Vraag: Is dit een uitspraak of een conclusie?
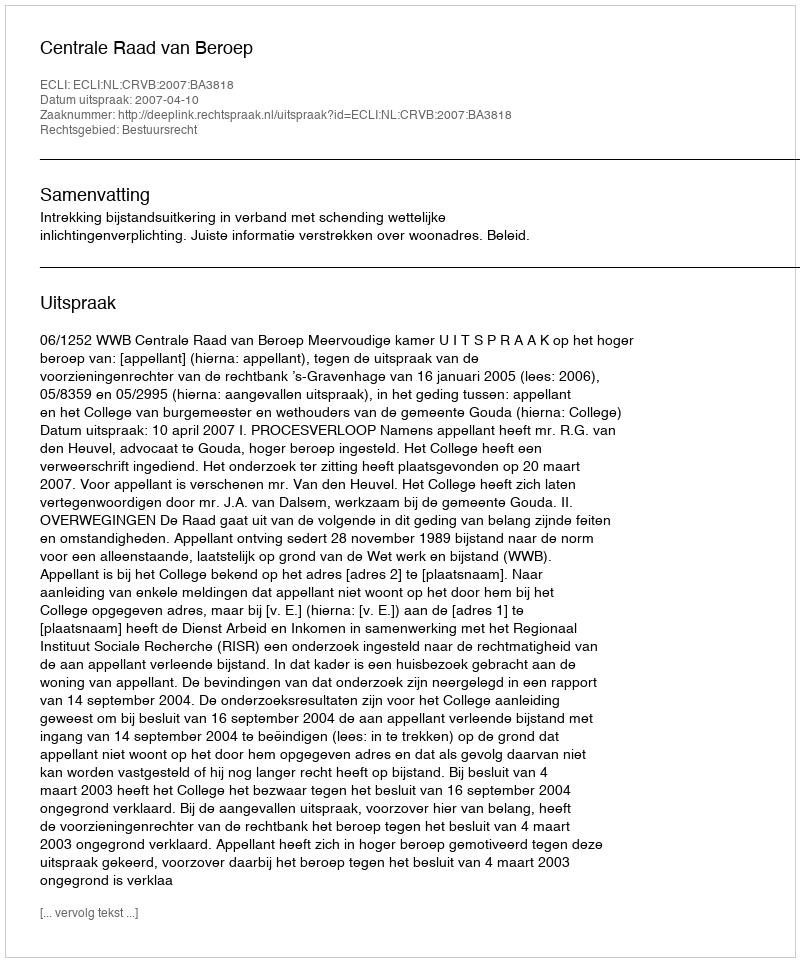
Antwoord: Uitspraak